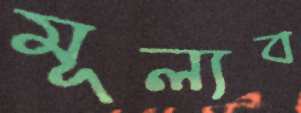
মূল্যব